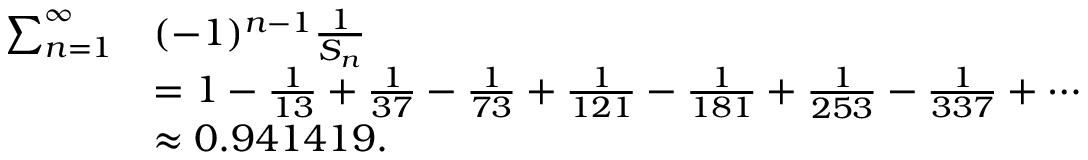
{ \begin{array} { r l } { \sum _ { n = 1 } ^ { \infty } } & { ( - 1 ) ^ { n - 1 } { \frac { 1 } { S _ { n } } } } \\ & { = 1 - { \frac { 1 } { 1 3 } } + { \frac { 1 } { 3 7 } } - { \frac { 1 } { 7 3 } } + { \frac { 1 } { 1 2 1 } } - { \frac { 1 } { 1 8 1 } } + { \frac { 1 } { 2 5 3 } } - { \frac { 1 } { 3 3 7 } } + \cdots } \\ & { \approx 0 . 9 4 1 4 1 9 . } \end{array} }